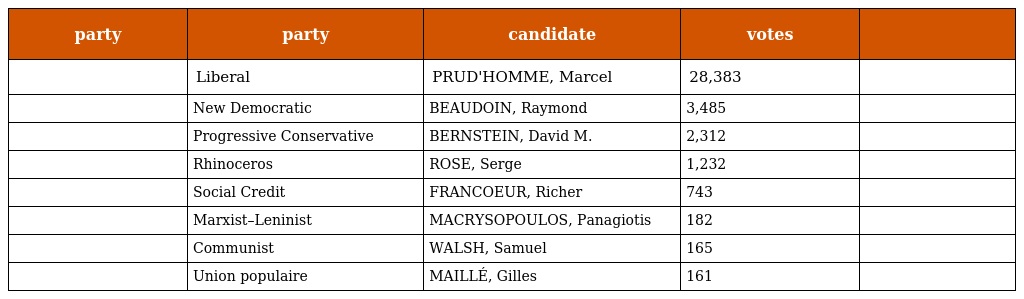
| party | party | candidate | votes |  |
 | --- | --- | --- | --- | --- |
 |  | Liberal | PRUD'HOMME, Marcel | 28,383 |  |
 |  | New Democratic | BEAUDOIN, Raymond | 3,485 |  |
 |  | Progressive Conservative | BERNSTEIN, David M. | 2,312 |  |
 |  | Rhinoceros | ROSE, Serge | 1,232 |  |
 |  | Social Credit | FRANCOEUR, Richer | 743 |  |
 |  | Marxist–Leninist | MACRYSOPOULOS, Panagiotis | 182 |  |
 |  | Communist | WALSH, Samuel | 165 |  |
 |  | Union populaire | MAILLÉ, Gilles | 161 |  |